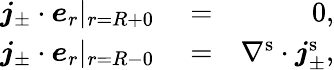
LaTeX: \begin{array}{rlr}{\boldsymbol{j}_{\pm}\cdot\boldsymbol{e}_{r}|_{r=R+0}}&{{}=}&{0,}\\ {\boldsymbol{j}_{\pm}\cdot\boldsymbol{e}_{r}|_{r=R-0}}&{{}=}&{\nabla^{\mathrm{s}}\cdot\boldsymbol{j}_{\pm}^{\mathrm{s}},}\end{array}